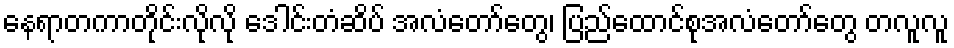
နေရာတကာတိုင်းလိုလို ဒေါင်းတံဆိပ် အလံတော်တွေ၊ ပြည်ထောင်စုအလံတော်တွေ တလူလူ